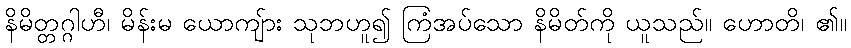
နိမိတ္တဂ္ဂါဟီ၊ မိန်းမ ယောကျ်ား သုဘဟူ၍ ကြံအပ်သော နိမိတ်ကို ယူသည်။ ဟောတိ၊ ၏။